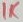
Text: 1K